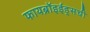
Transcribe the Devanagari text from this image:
फायब्रॉइईड्‌सची